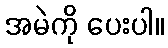
အမဲကို ပေးပါ။